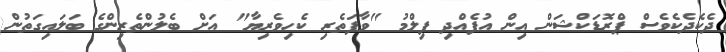
ދެކެދެކެވެސް ޕްރޮޑަކްޝަން އިން އުފެއްދި ފިލްމު "ވާފަތެރި ކެހިވެރިޔާ" އަށް ބެލުންތެރިންގެ ބަލައިގަތުން